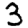
Digit: 3